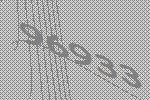
96933